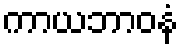
ကာယဘာဝနံ